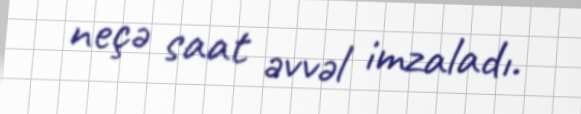
neçə saat əvvəl imzaladı.